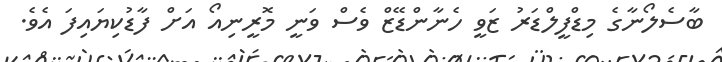
ބާސެލޯނާގެ މިޑްފީލްޑަރު ޒަވީ ހެނާންޑޭޒް ވެސް ވަނީ މޮރީނިއޯ އަށް ފާޑުކިޔައިފަ އެވެ.